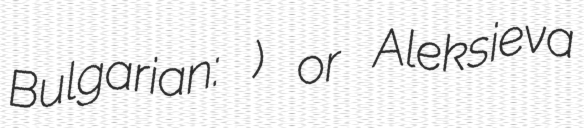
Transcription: Bulgarian: Алексиев) or Aleksieva